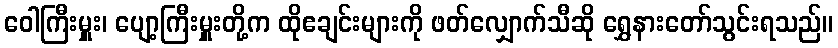
ဝေါကြီးမှူး၊ ပျော့ကြီးမှူးတို့က ထိုဧချင်းများကို ဖတ်လျှောက်သီဆို ရွှေနားတော်သွင်းရသည်။